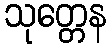
သုတ္တေန